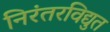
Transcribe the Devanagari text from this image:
निरंतरविद्युत